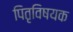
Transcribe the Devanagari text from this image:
पितृविषयक